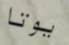
يوتا